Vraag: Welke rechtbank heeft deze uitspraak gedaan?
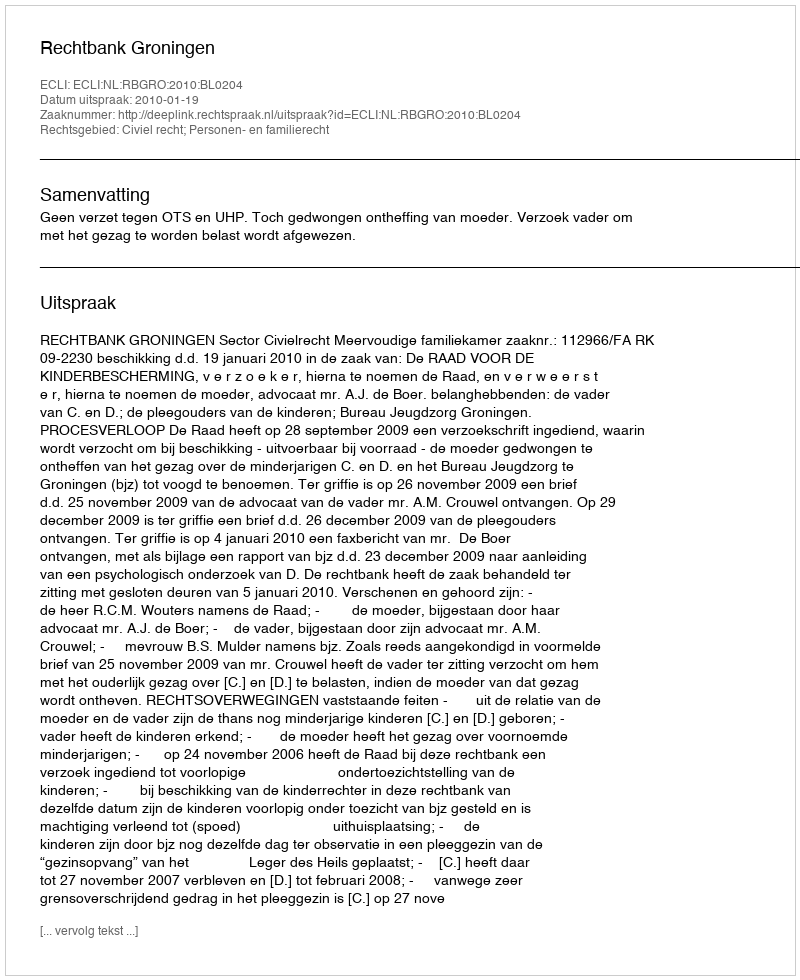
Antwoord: Rechtbank Groningen